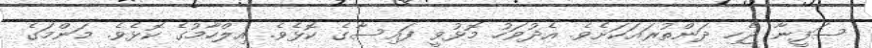
ސަފީނާ ޖެހި ދަންތުރައަކަށެވެ. އެދުވަހު މޮޅުވީ ފައިސާގެ ކޮޅެވެ. އިލްހާމުގެ ކޮޅެވެ. މަންމަގެ